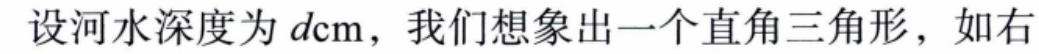
设河水深度为 \(d\text{cm}\)，我们想象出一个直角三角形，如右